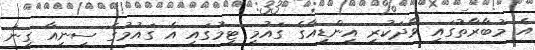
އެ މުބާރާތުގައި ވާދަކުރި އިންޑިއާގެ ގައުމީ ޓީމުގައި އެ ގައުމުގެ ސީނިއާ ގިނަ